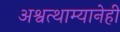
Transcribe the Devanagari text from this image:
अश्वत्थाम्यानेही